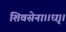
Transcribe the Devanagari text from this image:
शिवसेना।।धृ।।